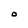
Character: O